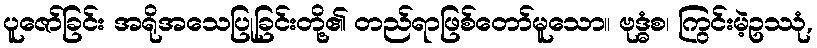
ပူဇော်ခြင်း အရိုအသေပြုခြင်းတို့၏ တည်ရာဖြစ်တော်မူသော။ ဗုဒ္ဓံစ၊ ကြွင်းမဲ့ဥဿုံ,